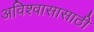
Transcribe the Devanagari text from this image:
अविश्‍वासासाठी